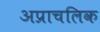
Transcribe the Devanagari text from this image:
अप्राचलिक